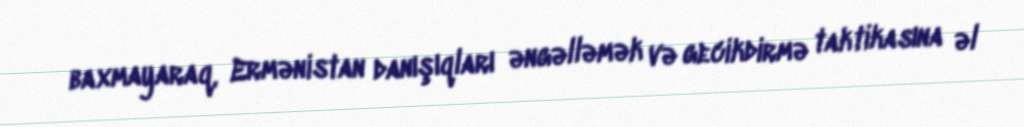
baxmayaraq, Ermənistan danışıqları əngəlləmək və gecikdirmə taktikasına əl